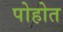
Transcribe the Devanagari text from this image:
पोहोत